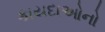
કાયદાઓનો